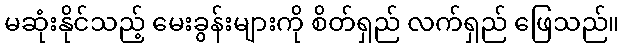
မဆုံးနိုင်သည့် မေးခွန်းများကို စိတ်ရှည် လက်ရှည် ဖြေသည်။